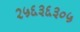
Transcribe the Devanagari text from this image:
२५६३६३०५